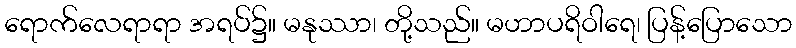
ရောက်လေရာရာ အရပ်၌။ မနုဿာ၊ တို့သည်။ မဟာပရိဝါရေ၊ ပြန့်ပြောသော